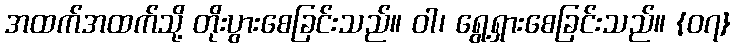
အထက်အထက်သို့ တိုးပွားစေခြင်းသည်။ ဝါ၊ ရွေ့ရှားစေခြင်းသည်။ {၀၇}